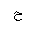
Letter: _ha